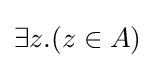
\exists z.(z\in A)